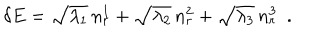
\delta E = \sqrt { \lambda _ { 1 } } \, n _ { r } ^ { 1 } + \sqrt { \lambda _ { 2 } } \, n _ { r } ^ { 2 } + \sqrt { \lambda _ { 3 } } \, n _ { r } ^ { 3 } ~ ~ .